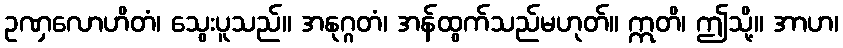
ဥဏှလောဟိတံ၊ သွေးပူသည်။ အနုဂ္ဂတံ၊ အန်ထွက်သည်မဟုတ်။ ဣတိ၊ ဤသို့။ အာဟ၊